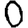
Digit: 0